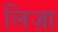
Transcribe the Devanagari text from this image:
लिज़ा